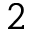
2